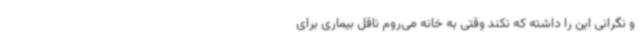
و نگرانی این را داشته که نکند وقتی به خانه می‌روم ناقل بیماری برای